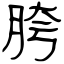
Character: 胯